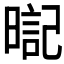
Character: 𣉸